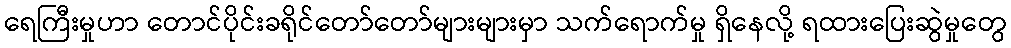
ရေကြီးမှုဟာ တောင်ပိုင်းခရိုင်တော်တော်များများမှာ သက်ရောက်မှု ရှိနေလို့ ရထားပြေးဆွဲမှုတွေ